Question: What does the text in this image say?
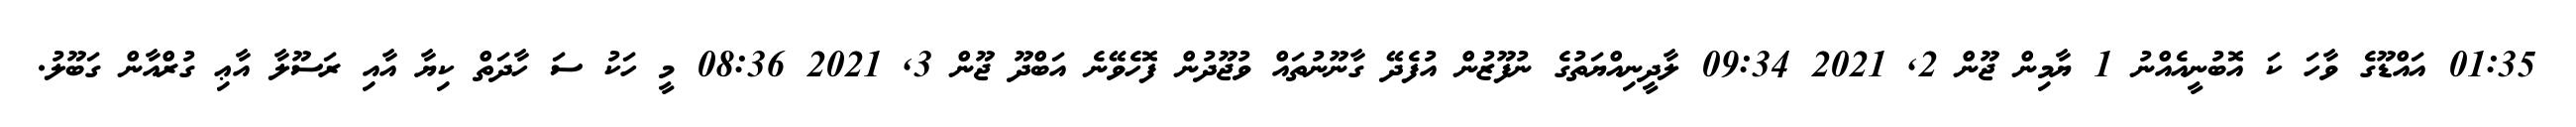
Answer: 01:35 އައްޑޫގެ ވާހަ ކަ އޮބުނީއެއްނު 1 ޔާމިން ޖޫން 2, 2021 09:34 ލާދީނިއްޔަތުގެ ނުފޫޒުން އުފެދޭ ގާނޫނުތައް ވުޖޫދުން ފޮހެވޭނެ އަބްދޫ ޖޫން 3, 2021 08:36 މީ ހަކު ސަ ހާދަތް ކިޔާ އާއި ރަސޫލާ އާޢި ގުރްއާން ގަބޫލު.